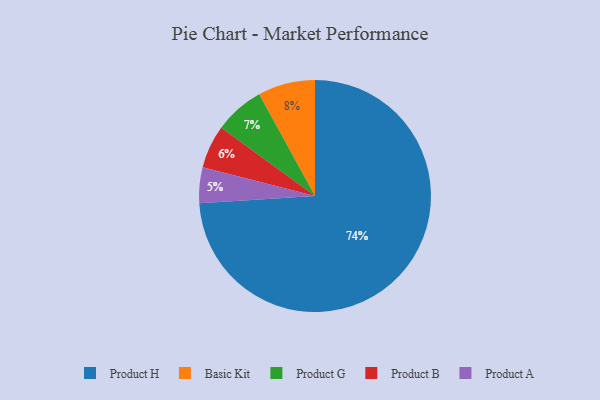
{"axis": {"x": "Category", "y": "Percentage"}, "legend": ["Basic Kit", "Product A", "Product B", "Product G", "Product H"], "data": [{"x": "Product H", "y": 74, "type": "Product H"}, {"x": "Product A", "y": 5, "type": "Product A"}, {"x": "Product G", "y": 7, "type": "Product G"}, {"x": "Basic Kit", "y": 8, "type": "Basic Kit"}, {"x": "Product B", "y": 6, "type": "Product B"}]}